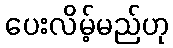
ပေးလိမ့်မည်ဟု